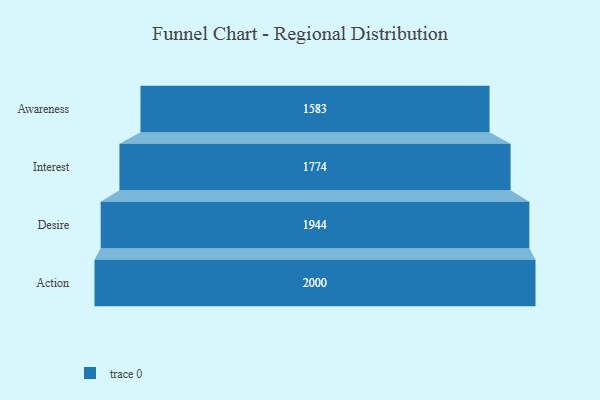
{"axis": {"x": "Stage", "y": "Value"}, "legend": [""], "data": [{"x": "Awareness", "y": 1583.0, "type": ""}, {"x": "Interest", "y": 1774.0, "type": ""}, {"x": "Desire", "y": 1944.0, "type": ""}, {"x": "Action", "y": 2000, "type": ""}]}